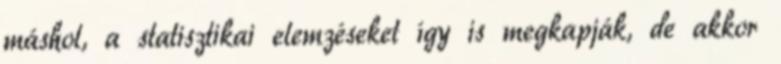
máshol, a statisztikai elemzéseket így is megkapják, de akkor